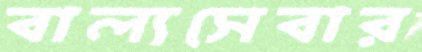
বাল্যসেবার